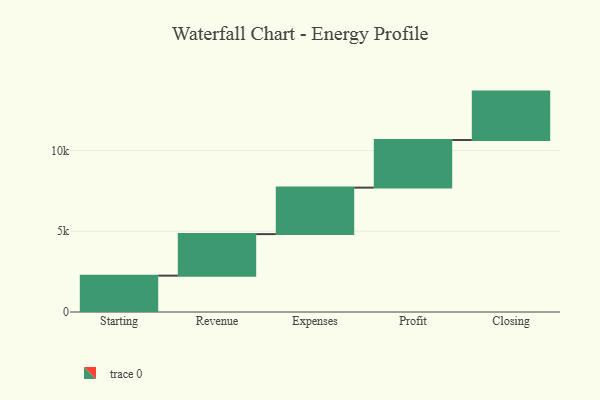
{"axis": {"x": "Step", "y": "Value"}, "legend": [""], "data": [{"x": "Starting", "y": 2252.0, "type": ""}, {"x": "Revenue", "y": 2573.0, "type": ""}, {"x": "Expenses", "y": 2880.0, "type": ""}, {"x": "Profit", "y": 2948.0, "type": ""}, {"x": "Closing", "y": 3000, "type": ""}]}